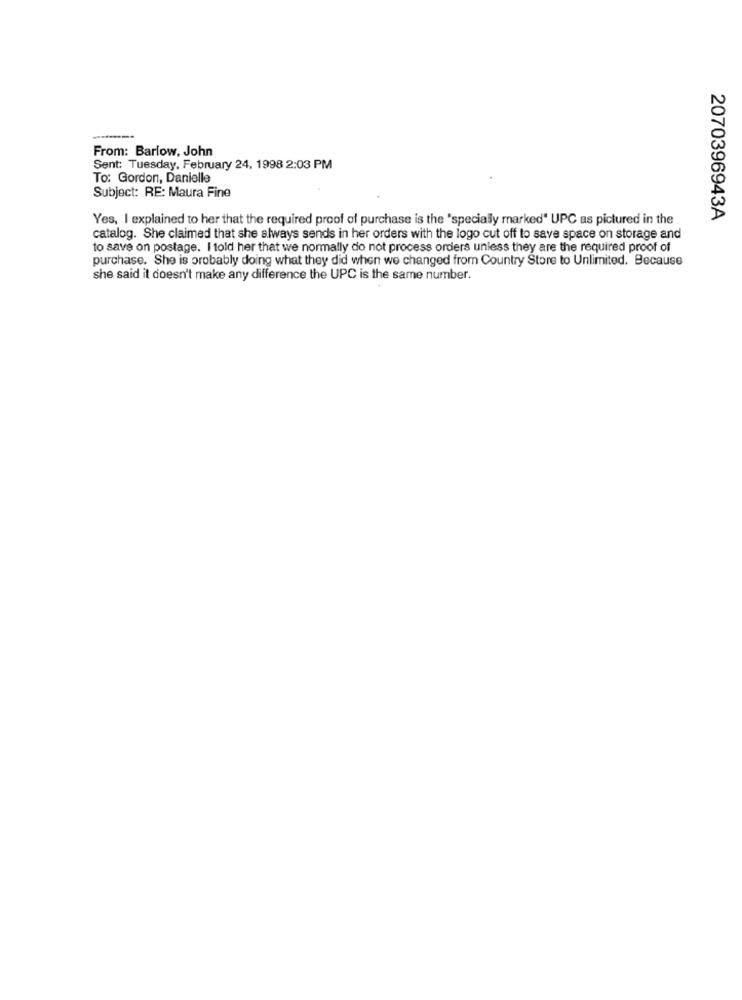
From: Barlow, John
Sent: Tuesday, February 24, 1998 2:03 PM
To: Gordon, Danielle
Subject: RE: Maura Fine
Yes, I explained to her that the required proof of purchase is the "specially marked" UPC as pictured in the
2070396943A
catalog. She claimed that she always sends in her orders with the logo cut off to save space on storage and
to save on postage. I told her that we normally do not process orders unless they are the required proof of
purchase. She is probably doing what they did when we changed from Country Store to Unlimited. Because
she said it doesn't make any difference the UPC is the same number.